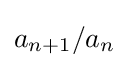
a_{n+1}/a_{n}